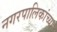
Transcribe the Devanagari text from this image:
नगरपालिकांच्या